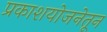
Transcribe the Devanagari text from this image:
प्रकाशयोजनेतून